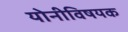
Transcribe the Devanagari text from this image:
योनीविषयक